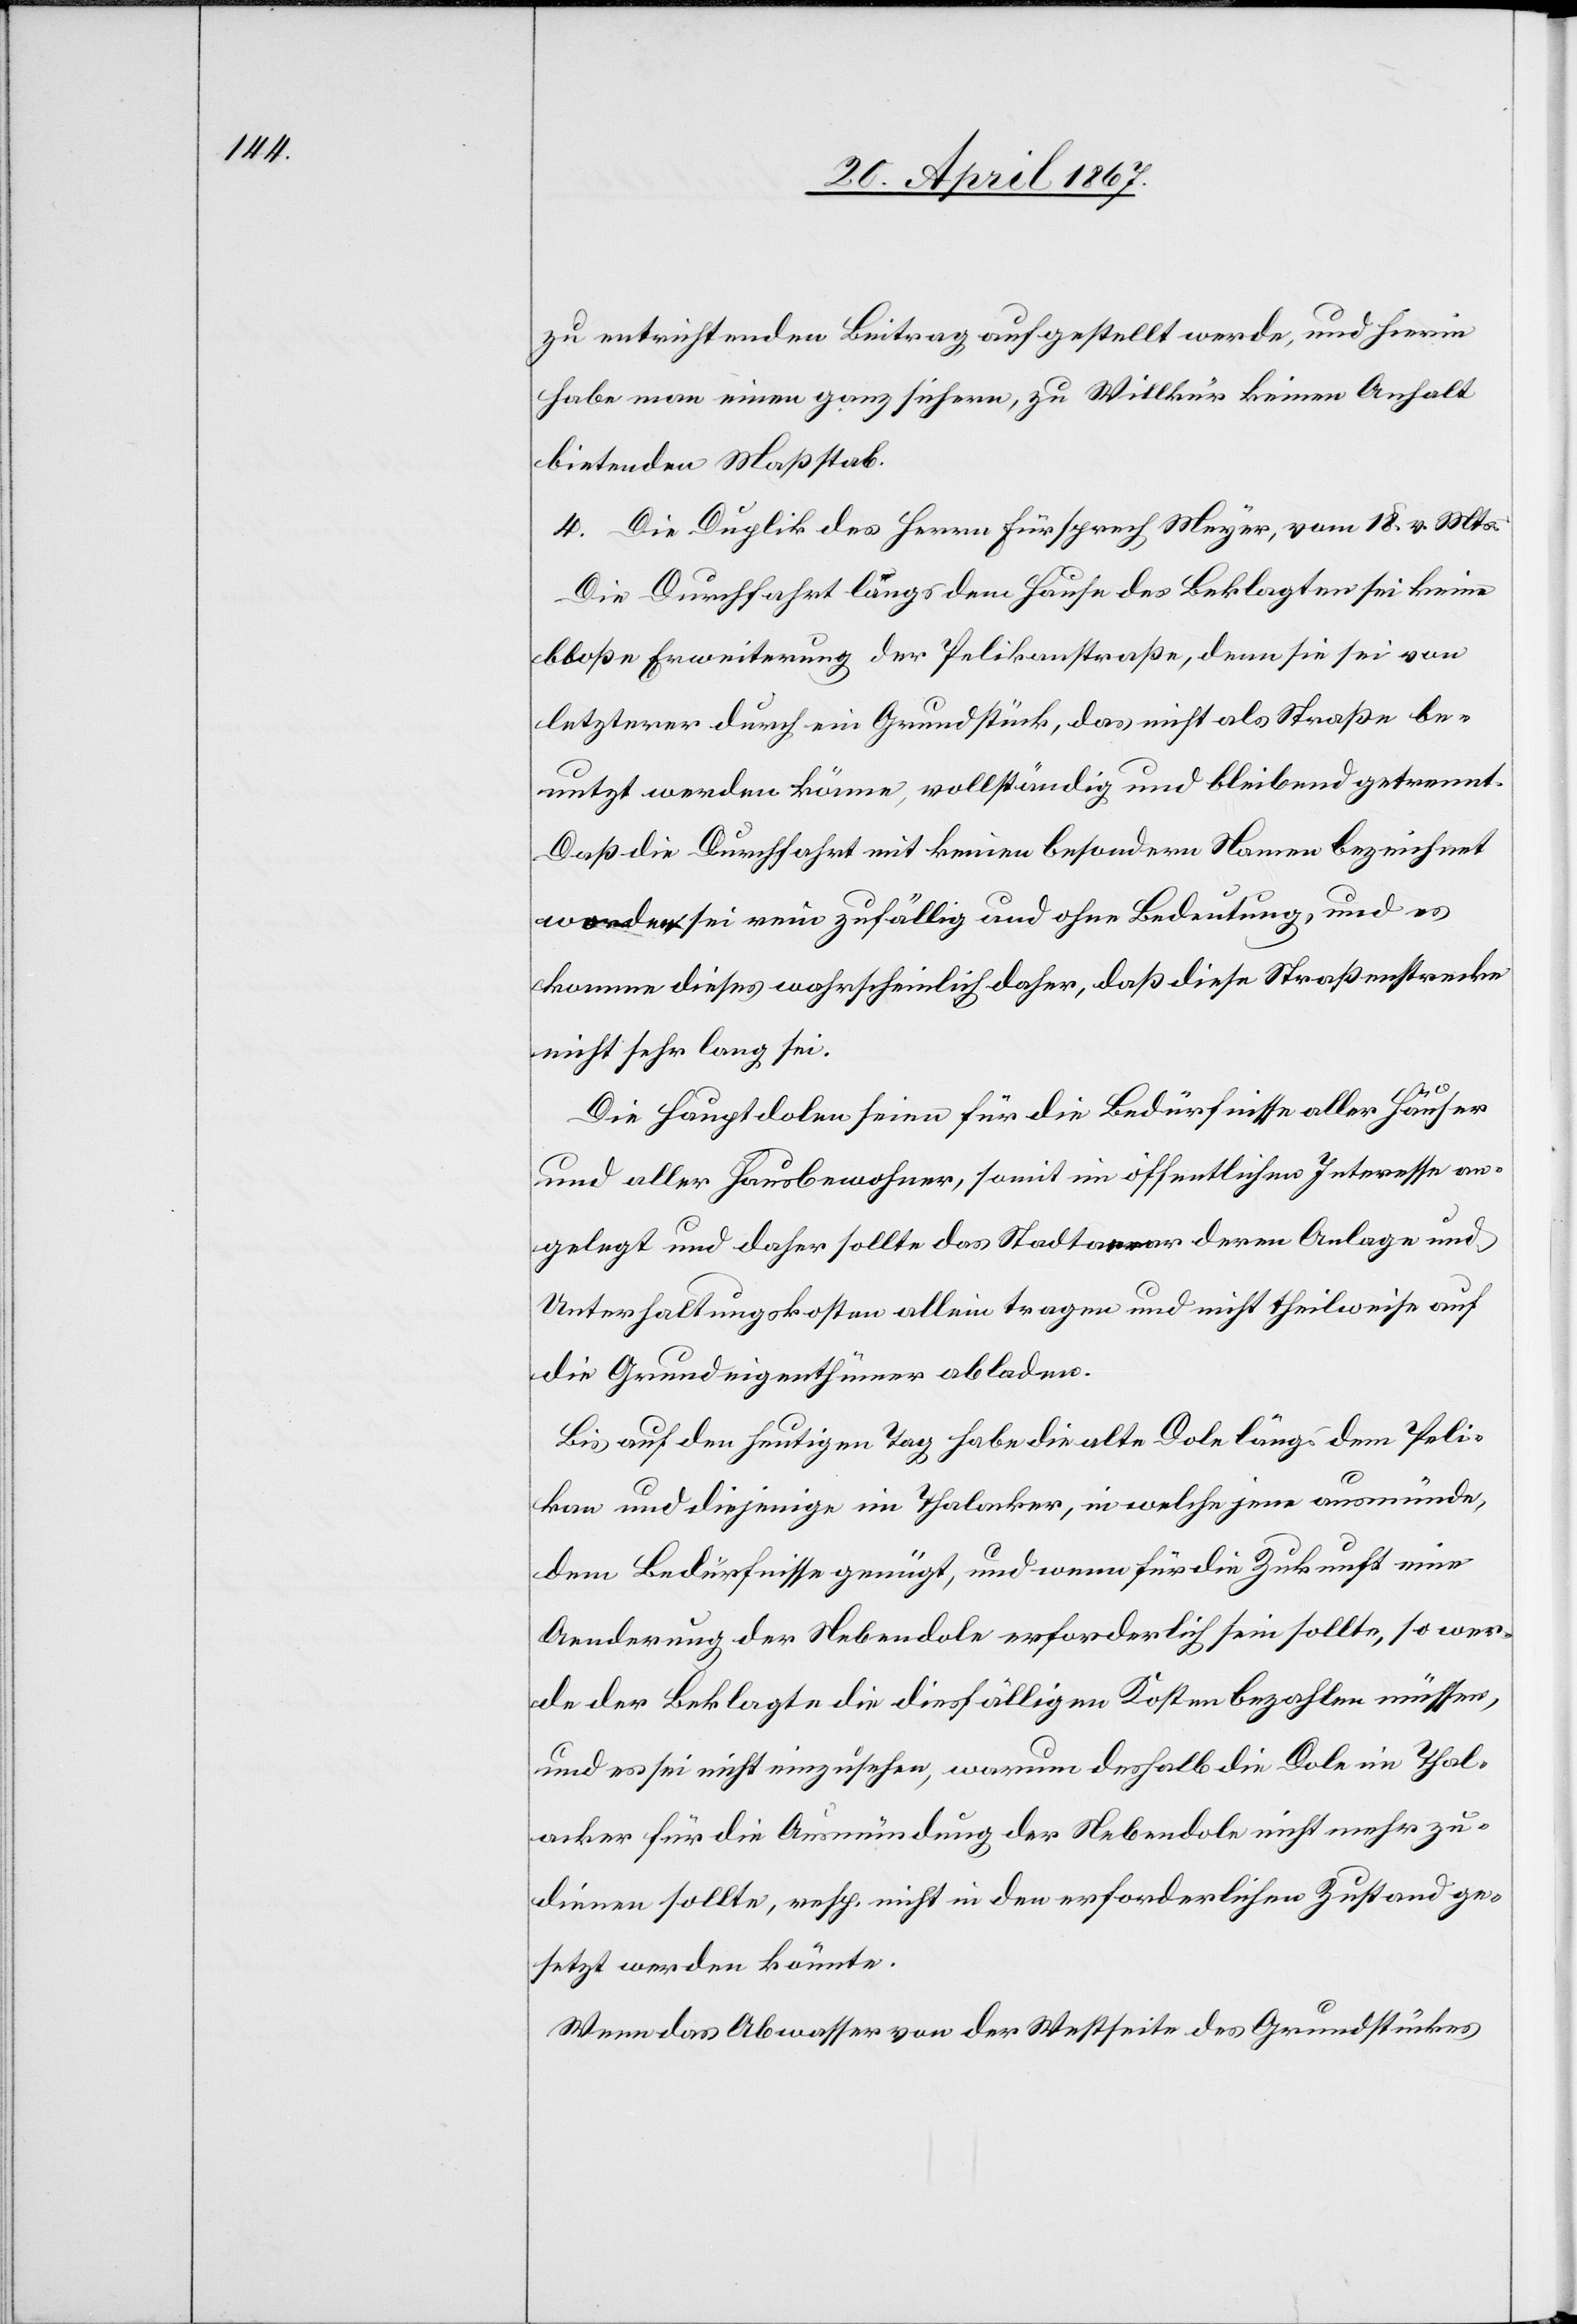
zu entrichtenden Beitrag aufgestellt werde, und hierin
habe man einen ganz sichern, zu Willkür keinen Anhalt
bietenden Maßstab.
4. Die Duplik des Herrn Fürsprech Meyer, vom 18. v. Mts.
Die Durchfahrt längs dem Hause des Beklagten sei keine
bloße Erweiterung der Pelikanstraße, denn sie sei von
letzterer durch ein Grundstück, das nicht als Straße be¬
nutzt werden könne, vollständig und bleibend getrennt.
Daß die Durchfahrt mit keinem besondern Namen bezeichnet
worden sei rein zufällig und ohne Bedeutung, und es
komme dieses wahrscheinlich daher, daß diese Straßenstrecke
nicht sehr lang sei.
Die Hauptdolen seien für die Bedürfnisse aller Häuser
und aller Hausbewohner, somit im öffentlichen Interesse an¬
gelegt und daher sollte das [?Stadtaerar] deren Anlage und
Unterhaltungskosten allein tragen und nicht theilweise auf
die Grundeigenthümer abladen.
Bis auf den heutigen Tag habe die alte Dole längs dem Peli¬
kan und diejenige im Thalacker, in welche jene ausmünde,
dem Bedürfnisse genügt, und wenn für die Zukunft eine
Aenderung der Nebendole erforderlich sein sollte, so wer¬
de der Beklagte die diesfälligen Kosten bezahlen müssen,
und es sei nicht einzusehen, warum deshalb die Dole im Thal¬
acker für die Ausmündung der Nebendole nicht mehr zu¬
dienen sollte, resp. nicht in den erforderlichen Zustand ge¬
setzt werden könnte.
Wenn das Abwasser von der Westseite des Grundstückes